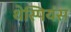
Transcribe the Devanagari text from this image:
थेस्पियंस